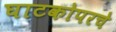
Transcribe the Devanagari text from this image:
घाटकोपरचे